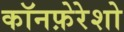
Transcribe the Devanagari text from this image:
कॉनफ़ेरेशो